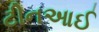
ટીનઆઈ